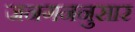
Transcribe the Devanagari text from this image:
जनगननुसार